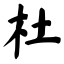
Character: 杜